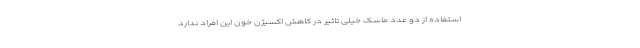
استفاده از دو عدد ماسک خیلی تاثیر در کاهش اکسیژن خون این افراد ندارد